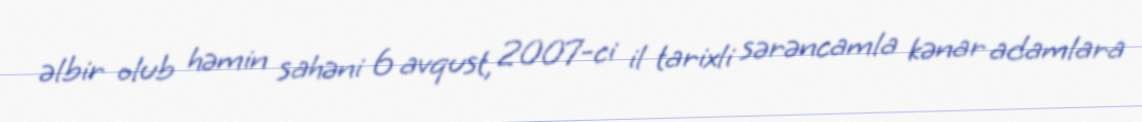
əlbir olub həmin sahəni 6 avqust, 2007-ci il tarixli sərəncamla kənar adamlara